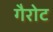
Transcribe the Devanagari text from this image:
गैरोट